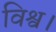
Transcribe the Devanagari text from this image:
विश्व।